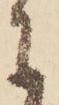
に